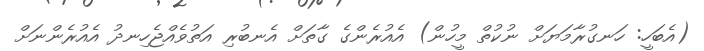
(އެބަހީ: ހަނގުރާމަޔަށް ނުކުތް މީހުން) އެއުރެންގެ ގާތަށް އެނބުރި އަތުވެއްޖެހިނދު އެއުރެންނަށް